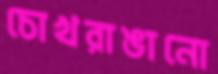
চোখরাঙানো